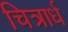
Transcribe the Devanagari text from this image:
चित्रार्ध